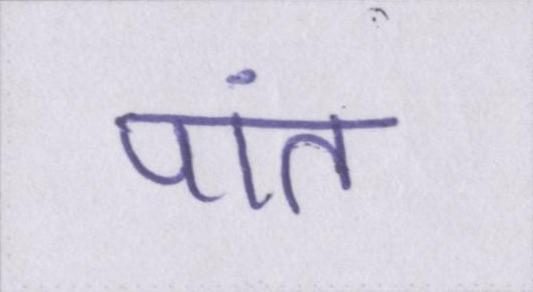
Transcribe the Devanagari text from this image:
पांत